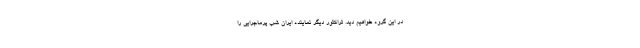
در این گروه خواهیم دید. تراکتور دیگر نماینده ایران شب پرماجرایی را